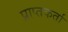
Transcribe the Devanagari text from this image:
प्राप्‍तकर्ता